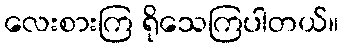
လေးစားကြ ရိုသေကြပါတယ်။